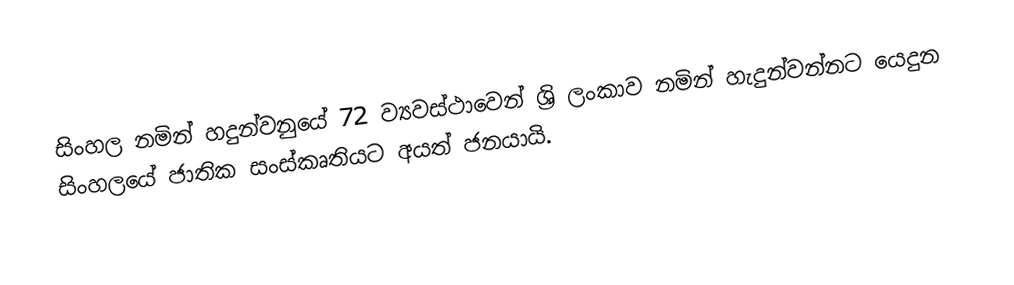
සිංහල නමින් හදුන්වනුයේ 72 ව්‍යවස්ථාවෙන් ශ්‍රි ලංකාව නමින් හැදුන්වන්නට යෙදුන සිංහලයේ ජාතික සංස්කෘතියට අයත් ජනයායි.